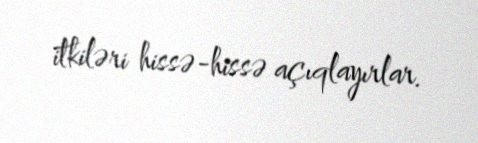
itkiləri hissə-hissə açıqlayırlar.